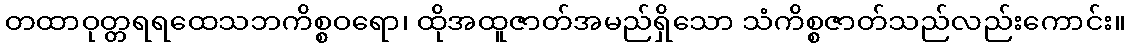
တထာဝုတ္တရရထေသဘကိစ္စဝရော၊ ထိုအထူဇာတ်အမည်ရှိသော သံကိစ္စဇာတ်သည်လည်းကောင်း။